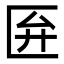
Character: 匥